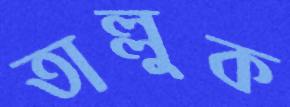
তাল্লুক